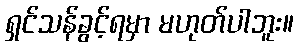
ရှင်သန်ခွင့်ရမှာ မဟုတ်ပါဘူး။